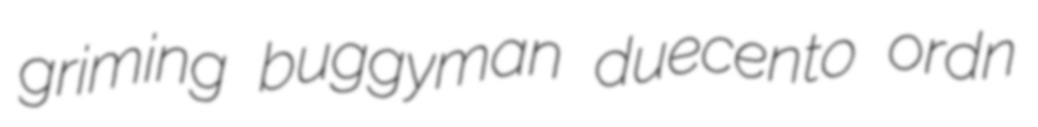
griming buggyman duecento ordn